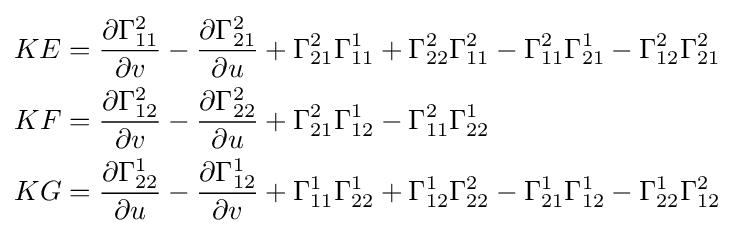
{\begin{aligned}KE&={\frac {\partial \Gamma _{11}^{2}}{\partial v}}-{\frac {\partial \Gamma _{21}^{2}}{\partial u}}+\Gamma _{21}^{2}\Gamma _{11}^{1}+\Gamma _{22}^{2}\Gamma _{11}^{2}-\Gamma _{11}^{2}\Gamma _{21}^{1}-\Gamma _{12}^{2}\Gamma _{21}^{2}\\KF&={\frac {\partial \Gamma _{12}^{2}}{\partial v}}-{\frac {\partial \Gamma _{22}^{2}}{\partial u}}+\Gamma _{21}^{2}\Gamma _{12}^{1}-\Gamma _{11}^{2}\Gamma _{22}^{1}\\KG&={\frac {\partial \Gamma _{22}^{1}}{\partial u}}-{\frac {\partial \Gamma _{12}^{1}}{\partial v}}+\Gamma _{11}^{1}\Gamma _{22}^{1}+\Gamma _{12}^{1}\Gamma _{22}^{2}-\Gamma _{21}^{1}\Gamma _{12}^{1}-\Gamma _{22}^{1}\Gamma _{12}^{2}\end{aligned}}